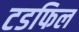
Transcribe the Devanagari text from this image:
टडफिल